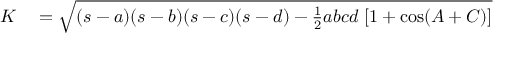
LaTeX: \begin{array} { r l } { K } & { { } = { \sqrt { ( s - a ) ( s - b ) ( s - c ) ( s - d ) - { \frac { 1 } { 2 } } a b c d \; [ 1 + \cos ( A + C ) ] } } } \end{array}